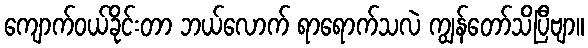
ကျောက်ဝယ်ခိုင်းတာ ဘယ်လောက် ရာရောက်သလဲ ကျွန်တော်သိပြီဗျာ။